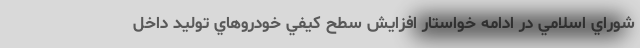
شوراي اسلامي در ادامه خواستار افزايش سطح كيفي خودروهاي توليد داخل